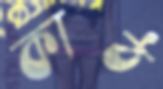
কাঠ